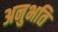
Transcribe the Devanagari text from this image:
अनुभति